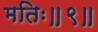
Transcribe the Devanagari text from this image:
मतिः॥९॥